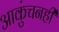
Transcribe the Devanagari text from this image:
आकुंचनही